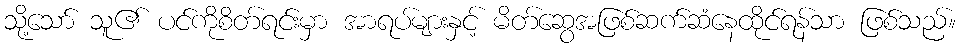
သို့သော် သူ၏ ပင်ကိုစိတ်ရင်းမှာ အာရပ်များနှင့် မိတ်ဆွေအဖြစ်ဆက်ဆံနေထိုင်ရန်သာ ဖြစ်သည်။